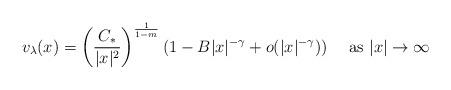
LaTeX: \begin{align*}v_{\lambda}(x)=\left(\frac{C_{\ast}}{|x|^2}\right)^{\frac{1}{1-m}}(1-B|x|^{-\gamma}+o(|x|^{-\gamma}))\quad\mbox{ as }|x|\to\infty\end{align*}